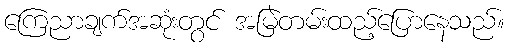
ကြေညာချက်အဆုံးတွင် အမြဲတမ်းထည့်ပြောနေသည်။